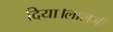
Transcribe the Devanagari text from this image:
दिया।लालजी